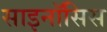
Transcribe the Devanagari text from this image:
साइनॉसिस